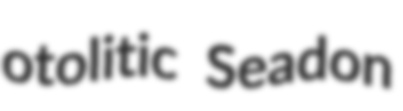
otolitic Seadon